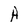
Character: A